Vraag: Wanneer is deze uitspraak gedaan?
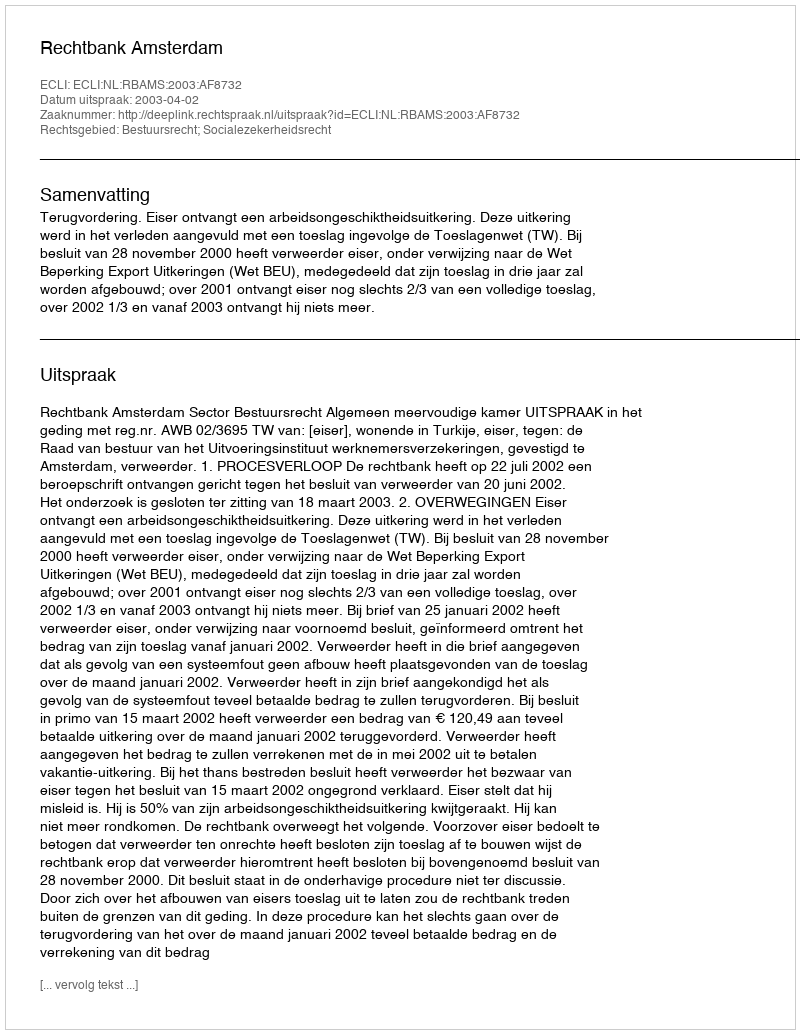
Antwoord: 2003-04-02